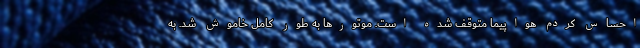
احساس کردم هواپیما متوقف شده است. موتورها به طور کامل خاموش شد. به